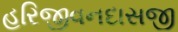
હરિજીવનદાસજી